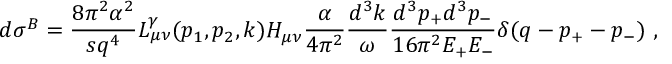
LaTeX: d \sigma ^ { B } = \frac { 8 \pi ^ { 2 } \alpha ^ { 2 } } { s q ^ { 4 } } L _ { \mu \nu } ^ { \gamma } ( p _ { 1 } , p _ { 2 } , k ) H _ { \mu \nu } \frac { \alpha } { 4 \pi ^ { 2 } } \frac { d ^ { 3 } k } { \omega } \frac { d ^ { 3 } p _ { + } d ^ { 3 } p _ { - } } { 1 6 \pi ^ { 2 } E _ { + } E _ { - } } \delta ( q - p _ { + } - p _ { - } ) \ ,